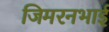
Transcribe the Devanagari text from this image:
जिमरनभाई